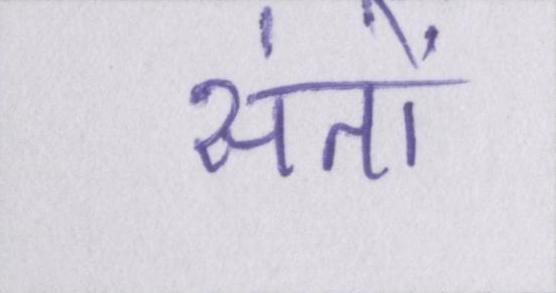
संतों